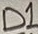
Text: D1